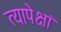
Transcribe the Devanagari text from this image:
त्यापेक्षां